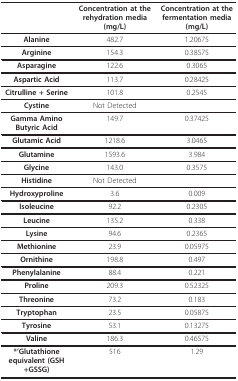
<table><thead><tr><td></td><td><b>Concentration at the rehydration media(mg/L)</b></td><td><b>Concentration at the fermentation media(mg/L)</b></td></tr></thead><tbody><tr><td><b>Alanine</b></td><td>482.7</td><td>1.20675</td></tr><tr><td><b>Arginine</b></td><td>154.3</td><td>0.38575</td></tr><tr><td><b>Asparagine</b></td><td>122.6</td><td>0.3065</td></tr><tr><td><b>Aspartic Acid</b></td><td>113.7</td><td>0.28425</td></tr><tr><td><b>Citrulline + Serine</b></td><td>101.8</td><td>0.2545</td></tr><tr><td><b>Cystine</b></td><td>Not Detected</td><td></td></tr><tr><td><b>Gamma Amino Butyric Acid</b></td><td>149.7</td><td>0.37425</td></tr><tr><td><b>Glutamic Acid</b></td><td>1218.6</td><td>3.0465</td></tr><tr><td><b>Glutamine</b></td><td>1593.6</td><td>3.984</td></tr><tr><td><b>Glycine</b></td><td>143.0</td><td>0.3575</td></tr><tr><td><b>Histidine</b></td><td>Not Detected</td><td></td></tr><tr><td><b>Hydroxyproline</b></td><td>3.6</td><td>0.009</td></tr><tr><td><b>Isoleucine</b></td><td>92.2</td><td>0.2305</td></tr><tr><td><b>Leucine</b></td><td>135.2</td><td>0.338</td></tr><tr><td><b>Lysine</b></td><td>94.6</td><td>0.2365</td></tr><tr><td><b>Methionine</b></td><td>23.9</td><td>0.05975</td></tr><tr><td><b>Ornithine</b></td><td>198.8</td><td>0.497</td></tr><tr><td><b>Phenylalanine</b></td><td>88.4</td><td>0.221</td></tr><tr><td><b>Proline</b></td><td>209.3</td><td>0.52325</td></tr><tr><td><b>Threonine</b></td><td>73.2</td><td>0.183</td></tr><tr><td><b>Tryptophan</b></td><td>23.5</td><td>0.05875</td></tr><tr><td><b>Tyrosine</b></td><td>53.1</td><td>0.13275</td></tr><tr><td><b>Valine</b></td><td>186.3</td><td>0.46575</td></tr><tr><td><b>*&#x27;Glutathione equivalent (GSH+GSSG)</b></td><td>516</td><td>1.29</td></tr></tbody></table>